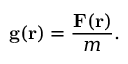
\mathbf { g } ( \mathbf { r } ) = { \frac { \mathbf { F } ( \mathbf { r } ) } { m } } .